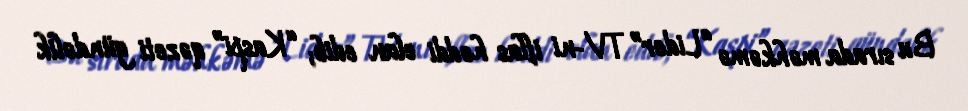
Bu sırada məhkəmə “Lider” TV-ni iflas həddi elan edib; “Kaspi” qəzeti gündəlik